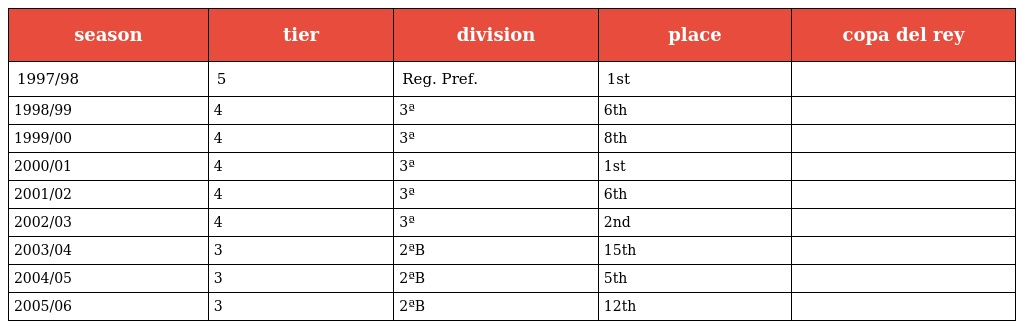
| season | tier | division | place | copa del rey |
 | --- | --- | --- | --- | --- |
 | 1997/98 | 5 | Reg. Pref. | 1st |  |
 | 1998/99 | 4 | 3ª | 6th |  |
 | 1999/00 | 4 | 3ª | 8th |  |
 | 2000/01 | 4 | 3ª | 1st |  |
 | 2001/02 | 4 | 3ª | 6th |  |
 | 2002/03 | 4 | 3ª | 2nd |  |
 | 2003/04 | 3 | 2ªB | 15th |  |
 | 2004/05 | 3 | 2ªB | 5th |  |
 | 2005/06 | 3 | 2ªB | 12th |  |